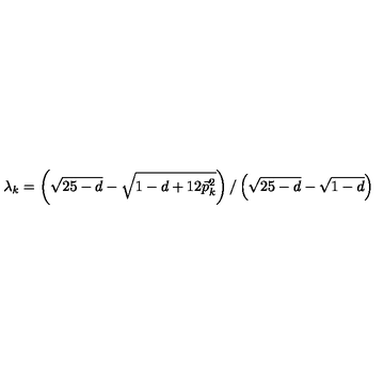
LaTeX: \lambda _ { k } = \left( \sqrt { 2 5 - d } - \sqrt { 1 - d + 1 2 \vec { p } _ { k } ^ { 2 } } \right) / \left( \sqrt { 2 5 - d } - \sqrt { 1 - d } \right)